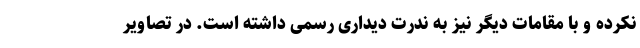
نکرده و با مقامات دیگر نیز به ندرت دیداری رسمی داشته است. در تصاویر